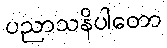
ပညာသနိပါတော